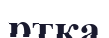
ртка